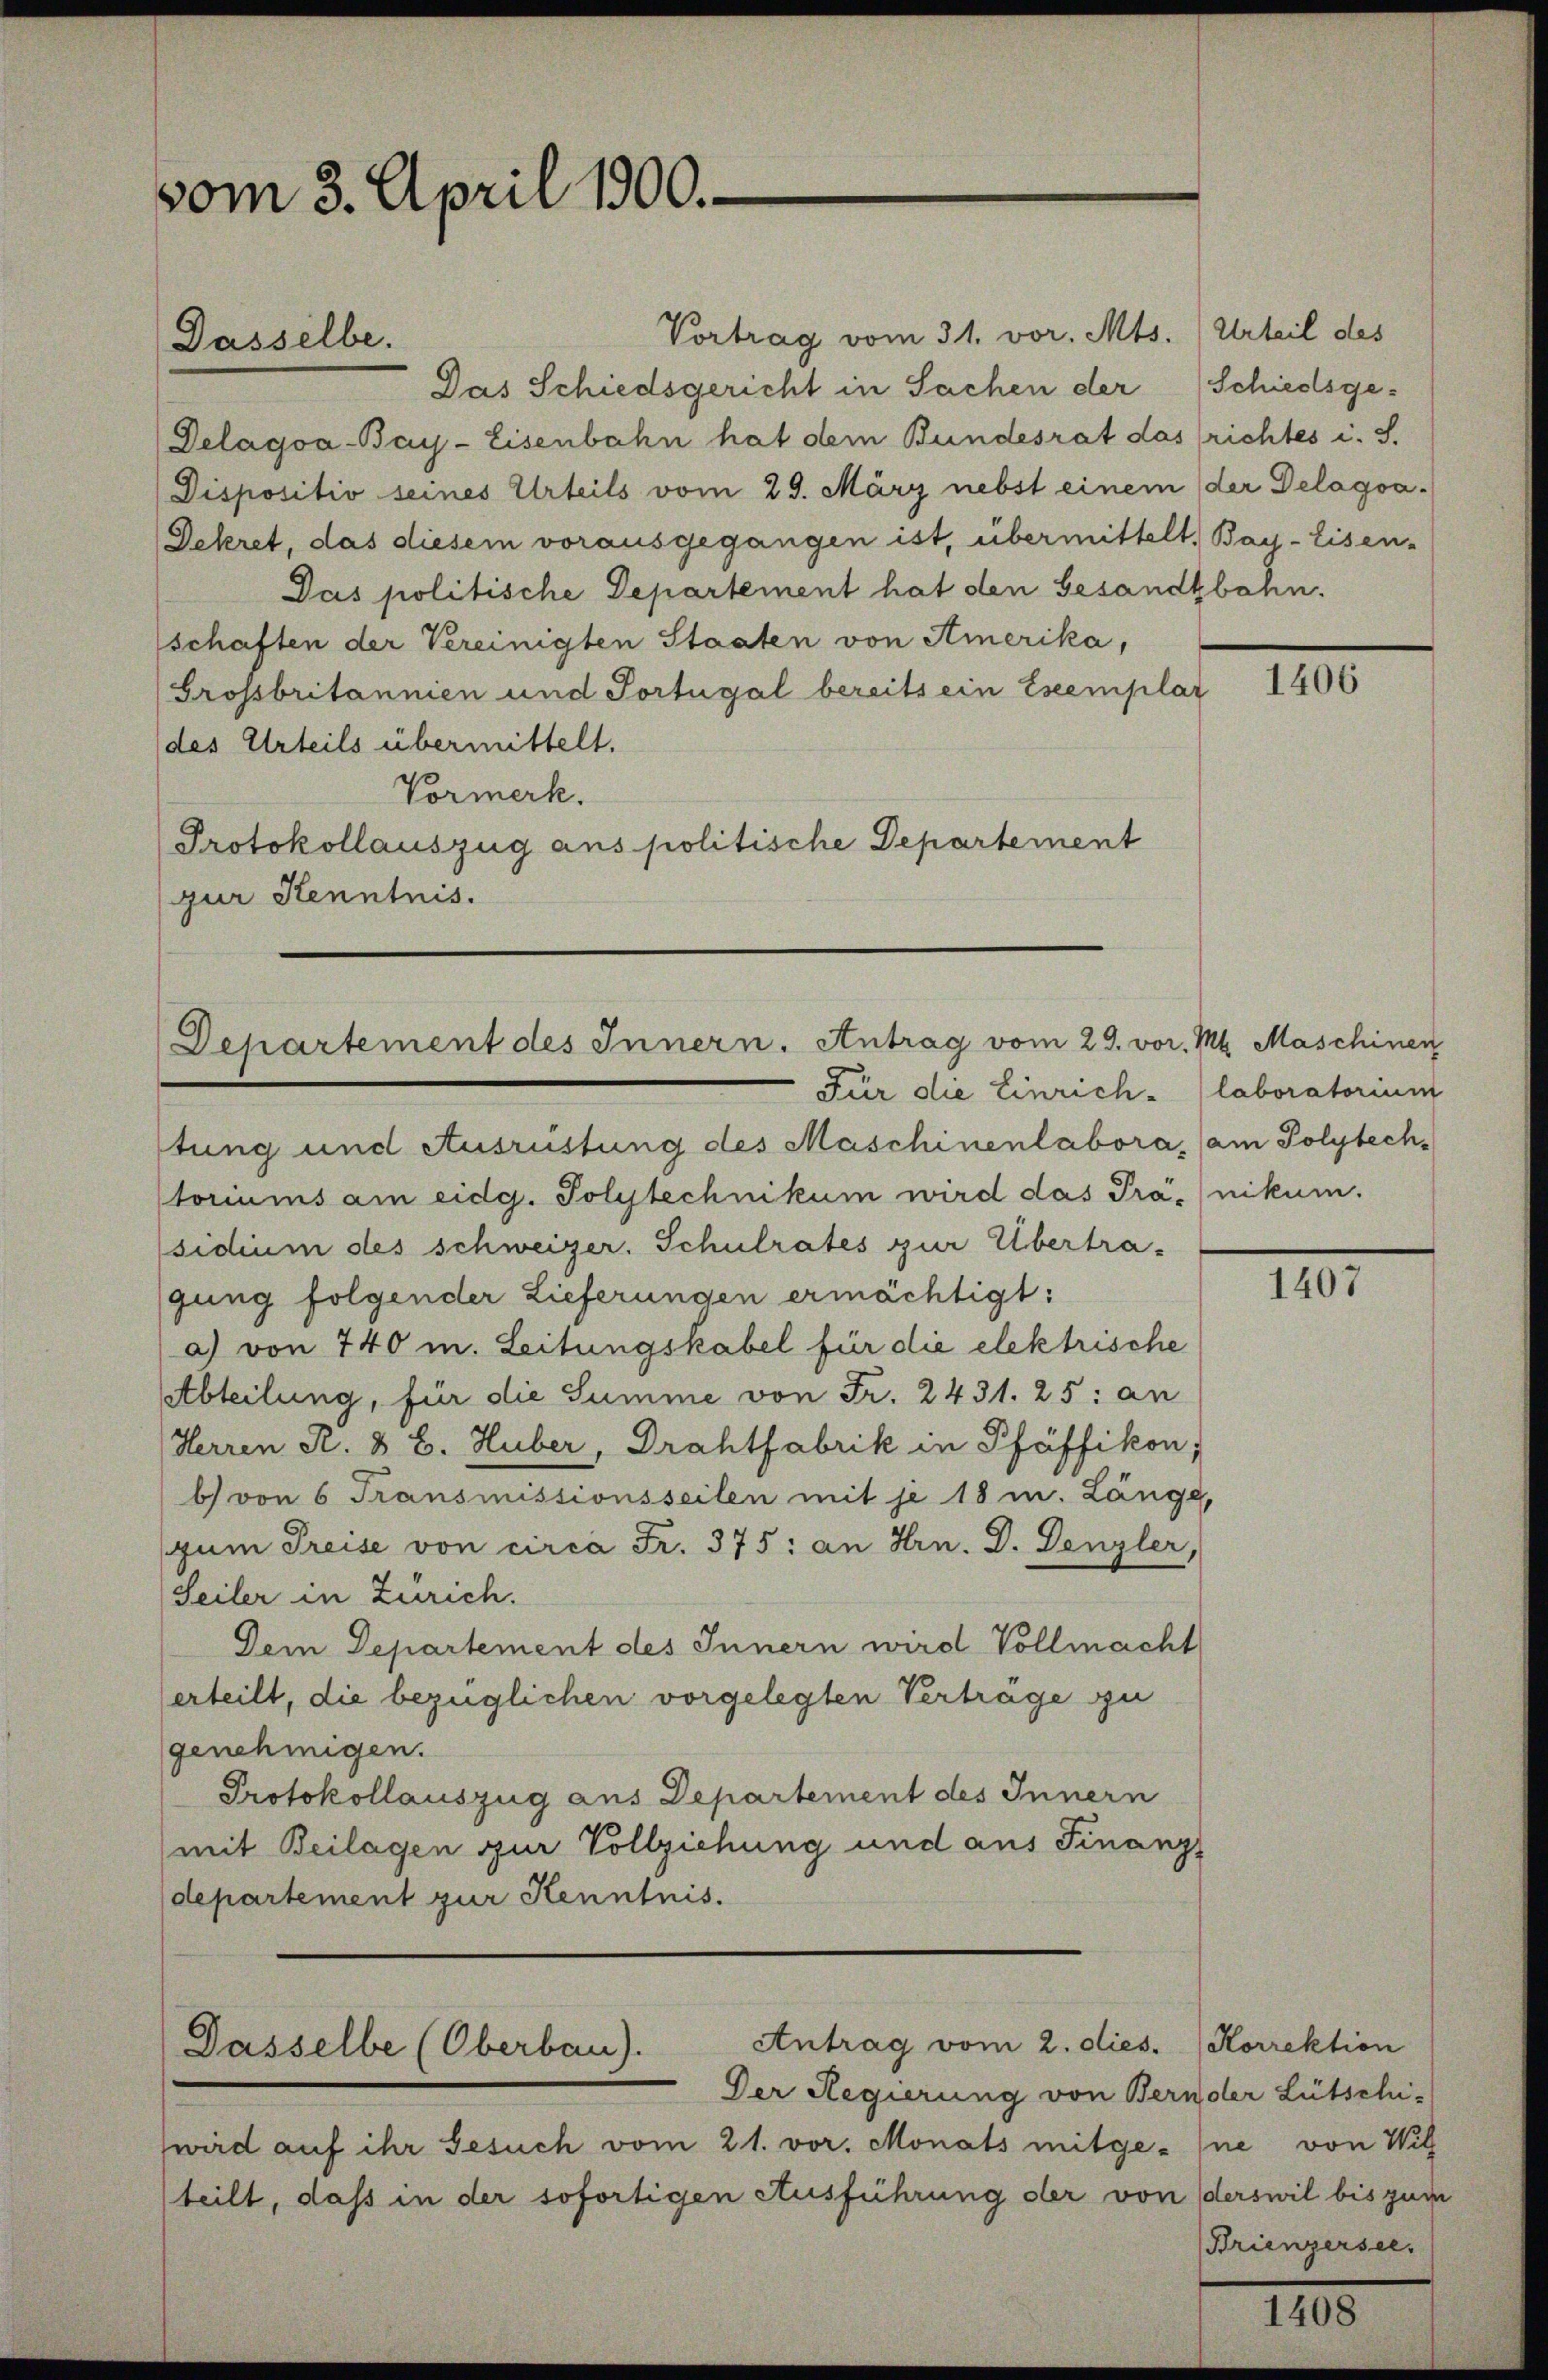
vom 3. April 1900.

Dasselbe.

Vortrag vom 31. vor. Mts. (Urteil des
Das Schiedsgericht in Sachen der
Delagoa-Bay-Eisenbahn hat dem Bundesrat das richtes i. S.
Dispositiv seines Urteils vom 29. März nebst einem der Delagsa¬
Dekret, das diesem vorausgegangen ist, übermittelt. Bay-Eisen-
Das politische Departement hat den Gesandtbahn.
schaften der Vereinigten Staaten von Amerika,
Grossbritannien und Portugal bereits ein Eseemplar
des Urteils übermittelt.
Vormerk.
Protokollauszug aus politische Departement
gur Kenntnis.

Departement des Innern, Antrag vom 29. vor. Mt. Maschinen

Dasselbe (Oberbau).

Für die Einrich - laboratorium

Antrag vom 2. dies. (Korrektion

Der Regierung von Bernder Lütschi-
wird auf ihr Gesuch vom 21. vor. Monats mitge-ne von Wil
teilt, daß in der sofortigen Ausführung der von derswil bis zum

Schiedsge¬

tung und Ausrüstung des Maschinenlabora, am Polytechtoriums am eidg. Polytechnikum wird das Prä- (nikum.
sidium des schweizer. Schulrates zur Übertragung folgender Lieferungen ermächtigt:
a) von 740 m. Leitungskabel für die elektrische
Abteilung, für die Summe von Fr. 2431. 25: an
Herren R. & B. Huber, Drahtfabrik in Pfäffikon,
b) von 6 Fransmissionsseilen mit je 18 m. Länge,
zŭm Preise von circa Fr. 375: an Hrn. D. Denzler,
Seiler in Zürich.
Dem Departement des Innern wird Vollmacht
erteilt, die bezüglichen vorgelegten Vertrage zu
genehmigen.
Protokollauszug aus Departement des Innern
mit Beilagen zur Vollziehung und aus Finanz-
departement zur Kenntnis.

1406

1407

Brienzersee,

1408